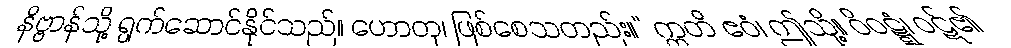
နိဗ္ဗာန်သို့ ရွက်ဆောင်နိုင်သည်။ ဟောတု၊ ဖြစ်စေသတည်း။” ဣတိ ဧဝံ၊ ဤသို့။ ဝိဝဋ္ဋံ၊ ဝဋ်၏